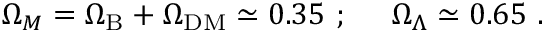
\Omega _ { M } = \Omega _ { \mathrm { B } } + \Omega _ { \mathrm { D M } } \simeq 0 . 3 5 ~ ; ~ ~ ~ ~ \Omega _ { \Lambda } \simeq 0 . 6 5 ~ .